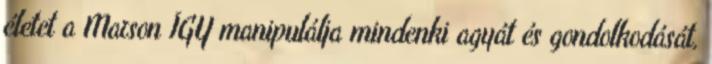
életet a Marson ÍGY manipulálja mindenki agyát és gondolkodását,